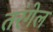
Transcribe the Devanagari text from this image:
तरंगेल